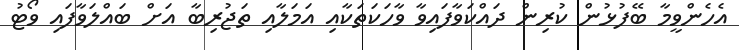
އެހެންވީމާ ބޭފުޅުން ކުރިން ދައްކަވާފައިވާ ވާހަކަތަކާއި އަމަލާއި ތަޖުރިބާ އަށް ބައްލަވާފައި ވޯޓު